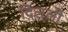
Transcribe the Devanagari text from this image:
दिल्‌ली